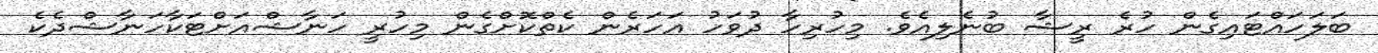
ބަލަހައްޓައިގެން ހުރެ ރީޝާ ބުނެލިއެވެ. މިހުރިހާ ދުވަހު އަހަރެން ކެތްކޮށްގެން މިހުރީ ހަނާޝްއަށްޓަކާހަނާޝްދެކެ